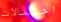
احتمالات